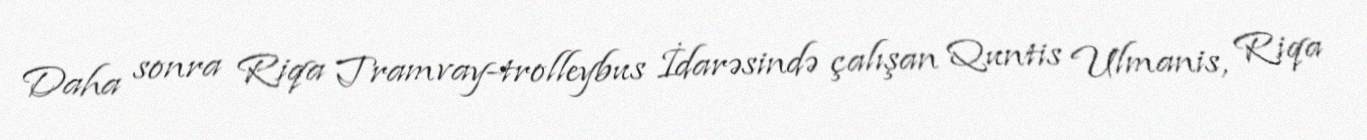
Daha sonra Riqa Tramvay-trolleybus İdarəsində çalışan Quntis Ulmanis, Riqa